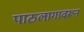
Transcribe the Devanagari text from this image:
पाठलागावरून